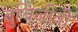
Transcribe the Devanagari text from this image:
बुधिजीवी